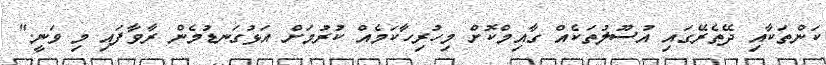
ކަންތަކާއި ދޭތެރޭގައި އުސޫލުތަކެއް ގާއިމްކޮށް މިހުރިހާކަމެއް ކުރުމަށް އަޅުގަނޑުމެން ރާވާފައި މި ވަނީ."